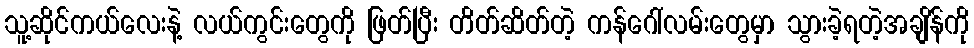
သူ့ဆိုင်ကယ်လေးနဲ့ လယ်ကွင်းတွေကို ဖြတ်ပြီး တိတ်ဆိတ်တဲ့ ကန်ဂေါ်လမ်းတွေမှာ သွားခဲ့ရတဲ့အချိန်ကို